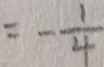
= - \frac { 1 } { 4 }